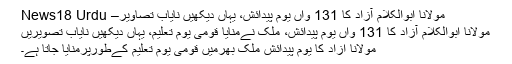
مولانا ابوالکلام آزاد کا 131 واں یوم پیدائش، یہاں دیکھیں نایاب تصاویر– News18 Urdu
مولانا ابوالکلام آزاد کا 131 واں یوم پیدائش، ملک نےمنایا قومی یوم تعلیم، یہاں دیکھیں نایاب تصویریں
مولانا آزاد کا یوم پیدائش ملک بھرمیں قومی یوم تعلیم کےطورپرمنایا جاتا ہے۔